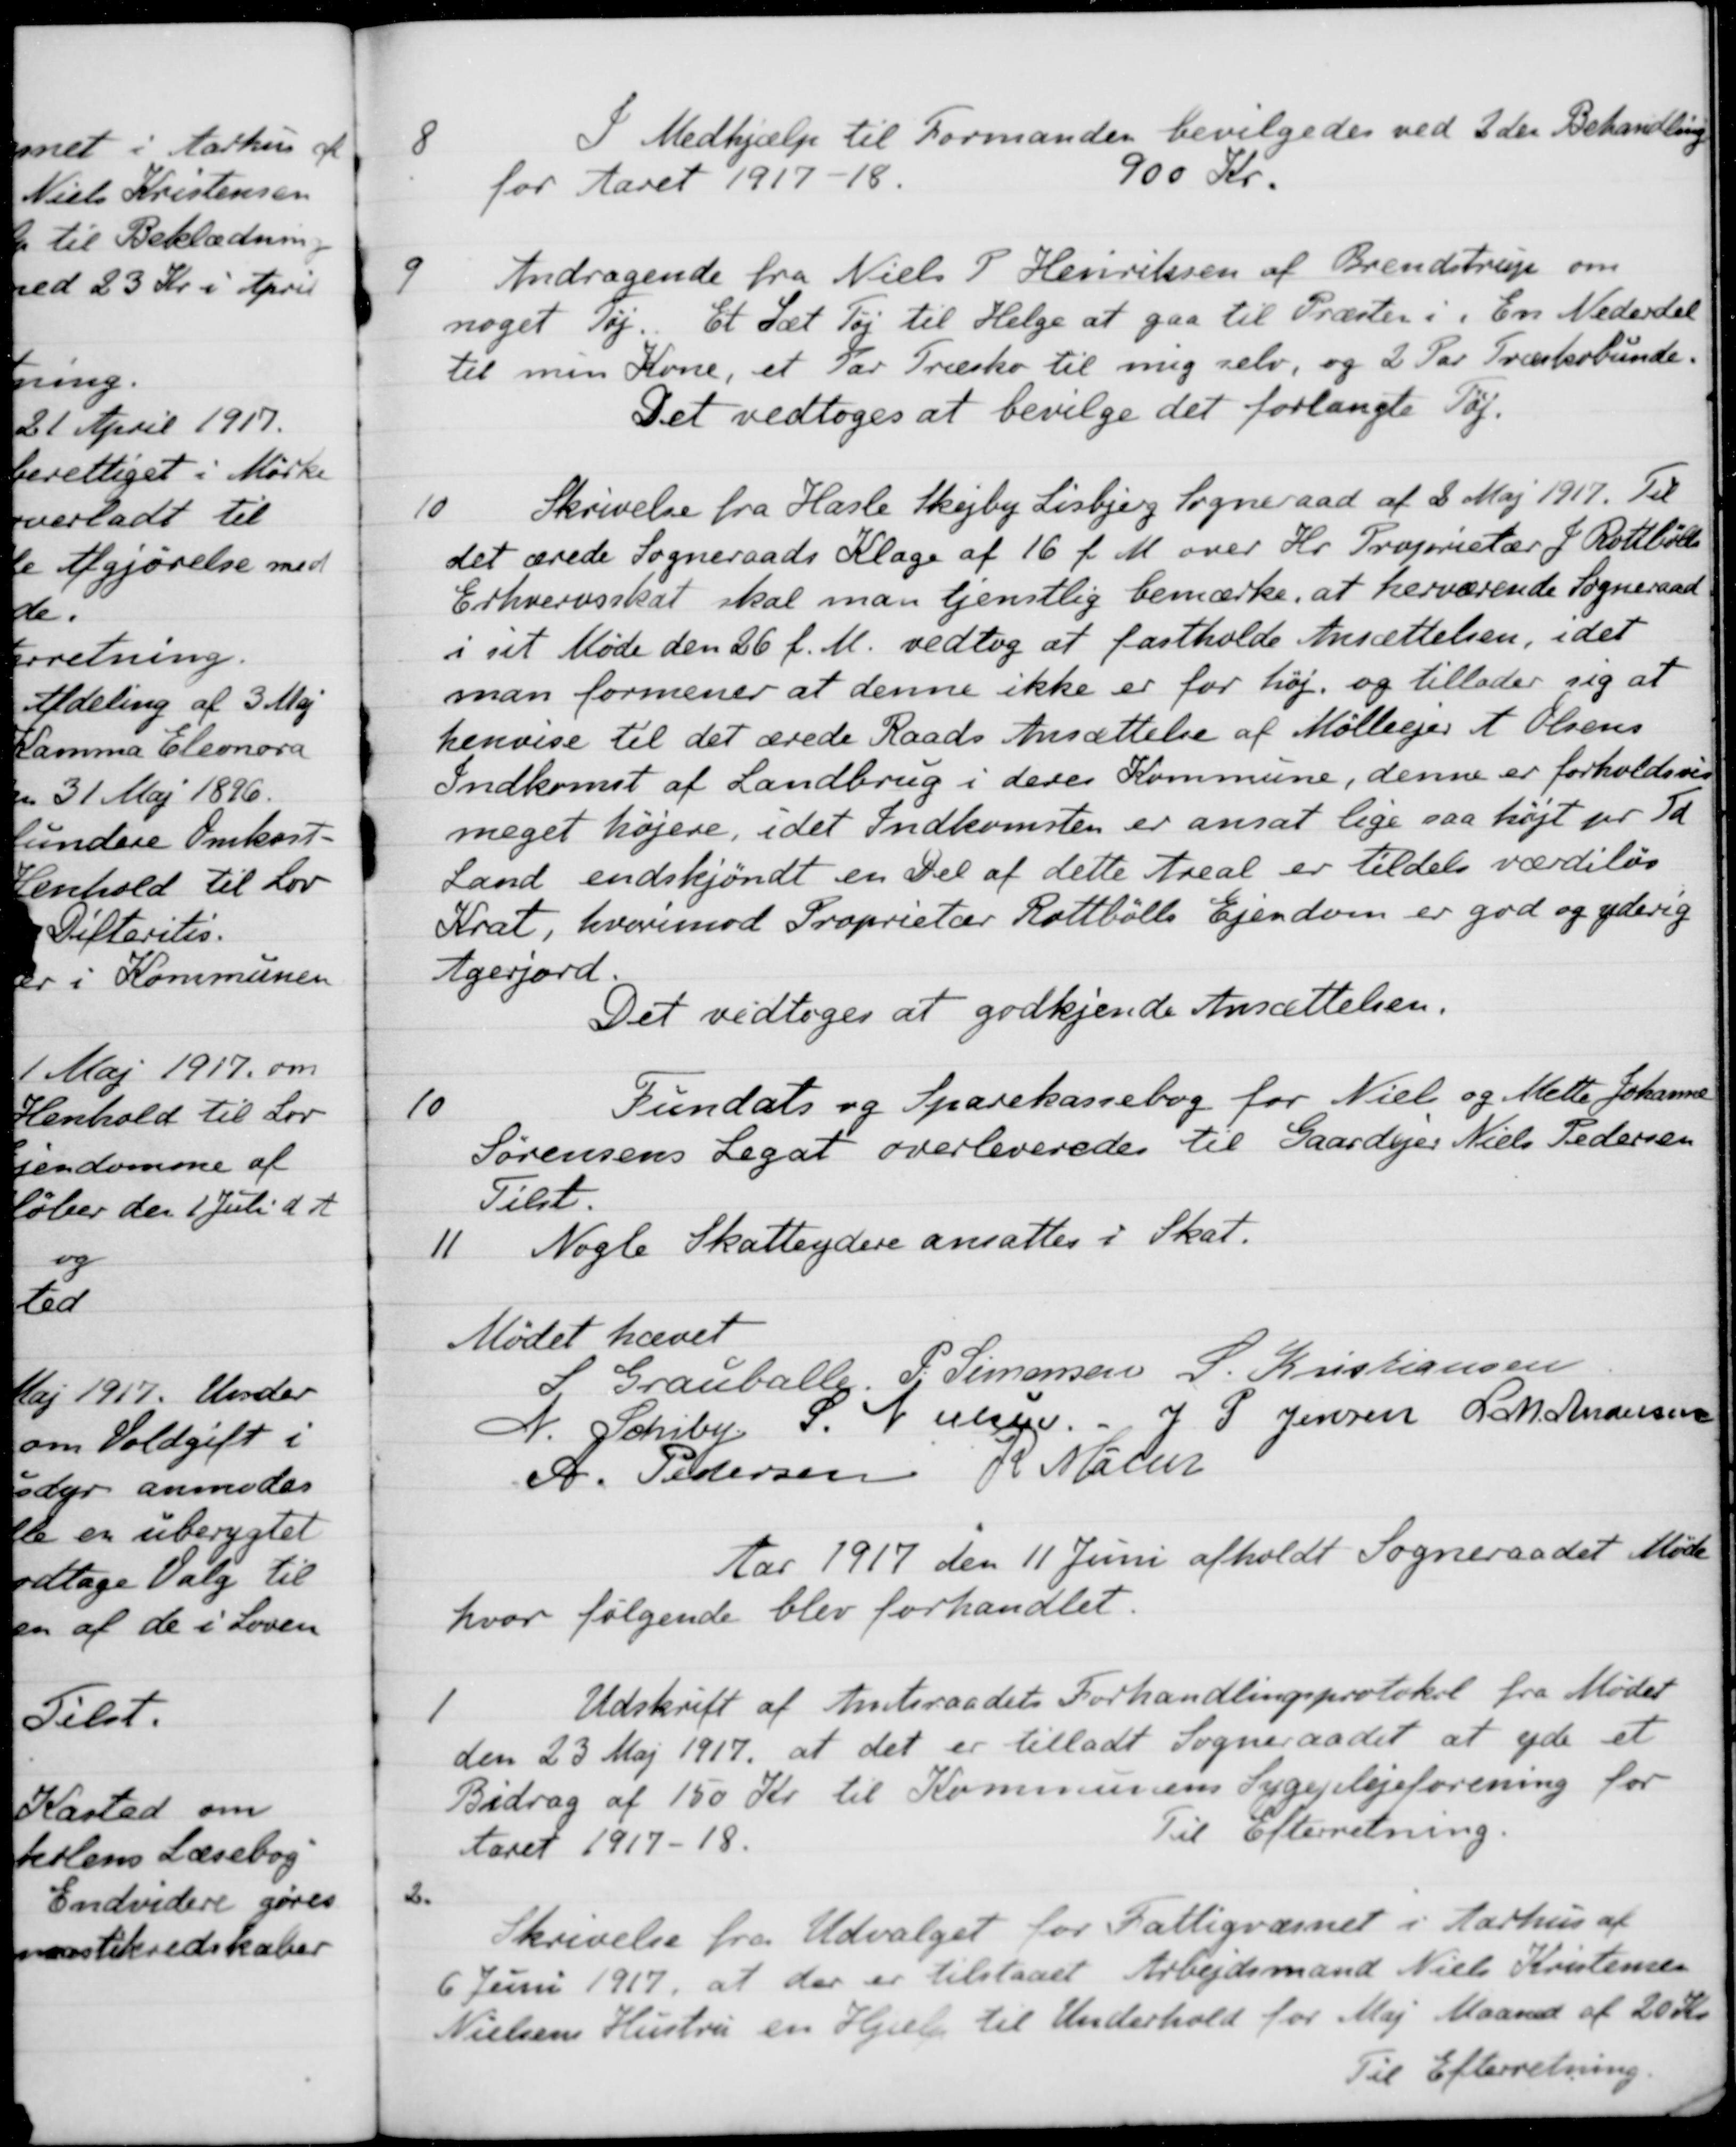
Transskription:
8
I Medhjælp til Formanden bevilgedes ved 2den Behandling
for Aaret 1917-18.
900 Kr.
9
Andragende fra Niels P Henriksen af Brendstrup om
noget Tøj. Et Sæt Tøj til Helge at gaa til Præsten i En Nederdel
til min Kone, et Par Træsko til mig selv, og 2 Par Træskobunde.
Det vedtoges at bevilge det forlangte Tøj.
10
Skrivelse fra Hasle Skejby Lisbjerg Sogneraad af 2 Maj 1917. Til
det ærede Sogneraads Klage af 16 f. M. over Hr. Proprietær J. Rottbølls
Erhvervsskat skal man tjenstlig bemærke, at herværende Sogneraad
i sit Møde den 26 f. M. vedtog at fastholde Ansættelsen, idet
man formener at denne ikke er for høj og tillader sig at
henvise til det ærede Raads Ansættelse af Mølleejer A. Olsens
Indkomst af Landbrug i deres Kommune, denne er forholdsvis
meget højere, idet Indkomsten er ansat lige paa højt pr Td
Land endskjøndt en Del af dette Areal er tildels værdiløs
Krat, hvorimod Proprietær Rottbølls Ejendom er god og yderig
Agerjord
Det vedtoges at godkjende Ansættelsen.
10
Fundats og Sparekassebog for Niels og Mette Johanne
Sørensens Legat overleveredes til Gaardejer Niels Pedersen
Tilst.
11
Nogle Skatteydere ansattes i Skat.
Mødet hævet
S Grauballe
P. Simonsen
S. Kristiansen
N. Schiby
S. Nielsen.
J P Jensen
L M. Andersen
A. Pedersen
R. Møller
Aar 1917 den 11 Juni afholdt Sogneraadet Møde
or følgende blev forhandlet.
1
Udskrift af Amtsraadets Forhandlingsprotokol fra Mødet
den 23 Maj 1917 at det er tilladt Sogneraadet at yde et
Bidrag af 150 Kr. til Kommunens Sygeplejeforening for
Aaret 1917-18.
Til Efterretning.
2.
Skrivelse fra Udvalget for Fattigvæsnet i Aarhus af
6 Juni 1917, at der er tilstaaet Arbejdsmand Niels Kristensen
Nielsens Hustru en Hjælp til Underhold for Maj Maaned af 20 Kr
Til Efterretning.